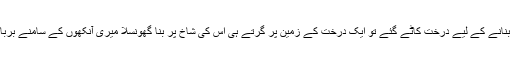
فیکٹری بنانے کے لیے درخت کاٹے گئے تو ایک درخت کے زمین پر گرتے ہی اْس کی شاخ پر بنا گھونسلا میری آنکھوں کے سامنے برباد ہو گیا۔